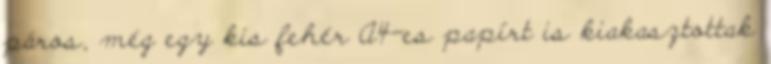
páros, még egy kis fehér A4-es papírt is kiakasztottak